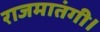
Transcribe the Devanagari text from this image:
राजमातंगी।